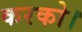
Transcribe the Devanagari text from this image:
करको।